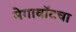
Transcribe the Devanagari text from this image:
मेगावॉटचा